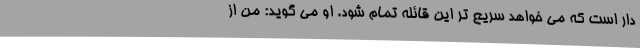
دار است که می خواهد سریع تر این قائله تمام شود. او می گوید: من از